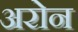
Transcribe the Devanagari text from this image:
अरोन